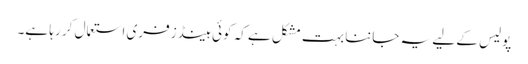
پولیس کے لیے یہ جاننا بہت مشکل ہے کہ کوئی ہینڈز فری استعمال کر رہا ہے۔